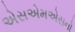
એસએમએસનો